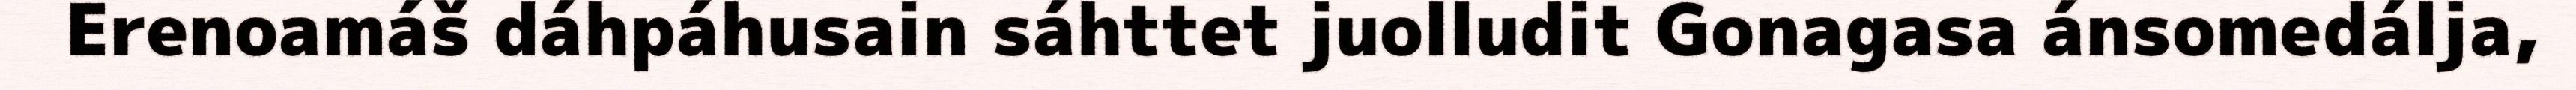
Erenoamáš dáhpáhusain sáhttet juolludit Gonagasa ánsomedálja,